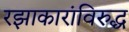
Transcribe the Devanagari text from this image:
रझाकारांविरुद्ध